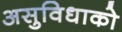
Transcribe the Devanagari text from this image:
असुविधाको